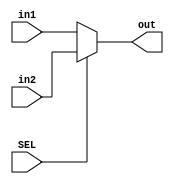
`timescale 1ns / 1ps
//////////////////////////////////////////////////////////////////////////////////
// Company: 
// Engineer: 
// 
// Design Name: 
// Module Name: Mux_32
// Project Name: 
// Target Devices: 
// Tool Versions: 
// Description: 
// 
// Dependencies: 
// 
// Revision:
// Revision 0.01 - File Created
// Additional Comments:
// 
//////////////////////////////////////////////////////////////////////////////////


module Mux_32(
    input SEL,
    input [31:0] in1,
    input [31:0] in2,
    output [31:0] out
    );
    assign out = (SEL)? in2 : in1;
endmodule